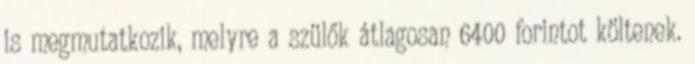
is megmutatkozik, melyre a szülők átlagosan 6400 forintot költenek.